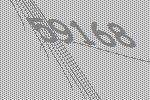
59168